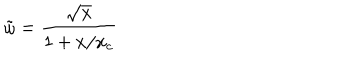
LaTeX: \tilde { \omega } = \frac { \sqrt { x } } { 1 + x / x _ { c } }